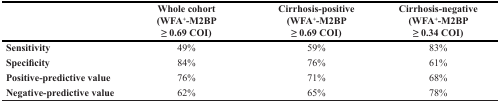
<table><thead><tr><td></td><td><b>Whole cohort (WFA<sup>+</sup>-M2BP ≥ 0.69 COI)</b></td><td><b>Cirrhosis-positive (WFA<sup>+</sup>-M2BP ≥ 0.69 COI)</b></td><td><b>Cirrhosis-negative (WFA<sup>+</sup>-M2BP ≥ 0.34 COI)</b></td></tr></thead><tbody><tr><td><b>Sensitivity</b></td><td>49%</td><td>59%</td><td>83%</td></tr><tr><td><b>Specificity</b></td><td>84%</td><td>76%</td><td>61%</td></tr><tr><td><b>Positive-predictive value</b></td><td>76%</td><td>71%</td><td>68%</td></tr><tr><td><b>Negative-predictive value</b></td><td>62%</td><td>65%</td><td>78%</td></tr></tbody></table>